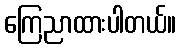
ကြေညာထားပါတယ်။